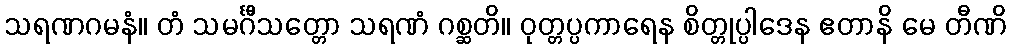
သရဏဂမနံ။ တံ သမင်္ဂီသတ္တော သရဏံ ဂစ္ဆတိ။ ဝုတ္တပ္ပကာရေန စိတ္တုပ္ပါဒေန ဧတာနိ မေ တီဏိ